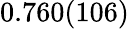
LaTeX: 0.760(106)